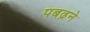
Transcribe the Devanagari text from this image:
पबढ़ने